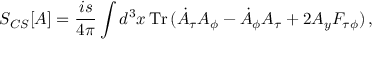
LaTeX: S _ { C S } [ A ] = \frac { i s } { 4 \pi } \int d ^ { 3 } x \, { \mathrm { T r } } \, ( \dot { A } _ { \tau } A _ { \phi } - \dot { A } _ { \phi } A _ { \tau } + 2 A _ { y } F _ { \tau \phi } ) \, ,